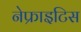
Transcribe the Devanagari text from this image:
नेफ्राइटिस